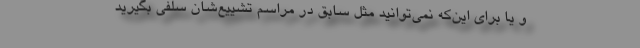
و یا برای این‌که نمی‌توانید مثل سابق در مراسم تشییع‌شان سلفی بگیرید